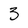
Character: 3